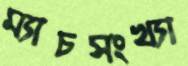
ম্যাচসংখ্যা